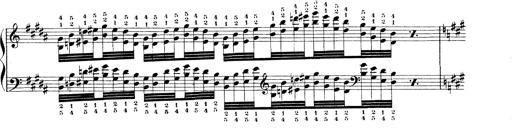
Title: Technische Studien
Composer: Franz Liszt